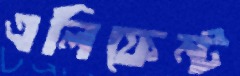
এলিফেন্ট